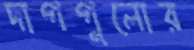
দাগগুলোর